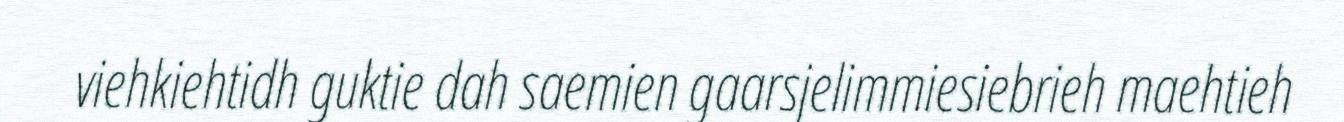
viehkiehtidh guktie dah saemien gaarsjelimmiesiebrieh maehtieh